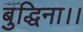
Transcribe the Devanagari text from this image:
बुद्धिना।।